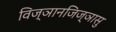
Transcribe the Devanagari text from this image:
विज्ञानजिज्ञासु